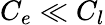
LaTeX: C_{e}\ll C_{l}